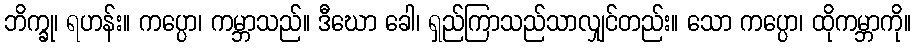
ဘိက္ခု၊ ရဟန်း။ ကပ္ပော၊ ကမ္ဘာသည်။ ဒီဃော ခေါ၊ ရှည်ကြာသည်သာလျှင်တည်း။ သော ကပ္ပော၊ ထိုကမ္ဘာကို။